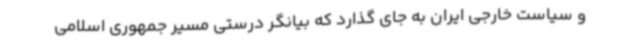
و سیاست خارجی ایران به جای گذارد که بیانگر درستی مسیر جمهوری اسلامی